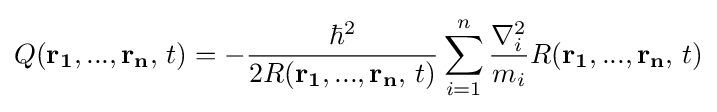
Q(\mathbf {r_{1}} ,...,\mathbf {r_{n}} ,\,t)=-{\frac {\hbar ^{2}}{2R(\mathbf {r_{1}} ,...,\mathbf {r_{n}} ,\,t)}}\sum _{i=1}^{n}{\frac {\nabla _{i}^{2}}{m_{i}}}R(\mathbf {r_{1}} ,...,\mathbf {r_{n}} ,\,t)